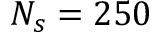
N _ { s } = 2 5 0